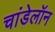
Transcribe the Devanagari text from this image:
चांडेलॉन